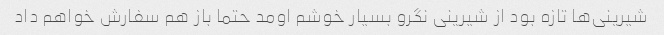
شیرینی‌ها تازه بود از شیرینی نگرو بسیار خوشم اومد حتما باز هم سفارش خواهم داد